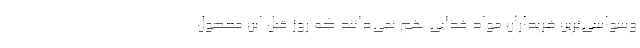
وسواسی‌ترین خریداران مواد غذایی هم نمی‌دانند که روز قبل این محصول